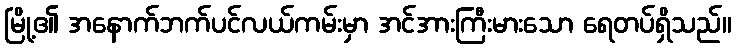
မြို့၏ အနောက်ဘက်ပင်လယ်ကမ်းမှာ အင်အားကြီးမားသော ရေတပ်ရှိသည်။